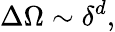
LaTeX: \Delta\Omega\sim\delta^{d},